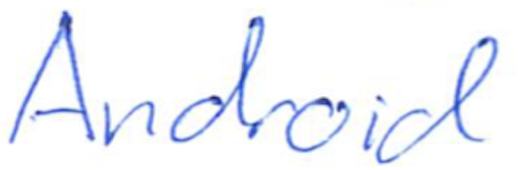
Text: Android
Cross-out: clean
Writing tool: ballpoint